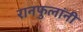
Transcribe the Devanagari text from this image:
रानफुलांनी